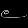
Digit: ၉